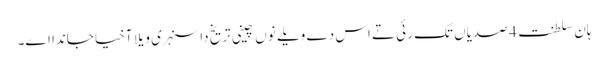
ہان سلطنت 4 صدیاں تک رئی تے اس دے ویلے نوں چینی تریخ دا سنہری ویلا آخیا جاندا اے۔